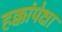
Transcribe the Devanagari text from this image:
हक्कांपेक्षा